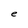
Character: e